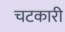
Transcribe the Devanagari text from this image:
चटकारी